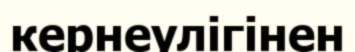
кернеулігінен